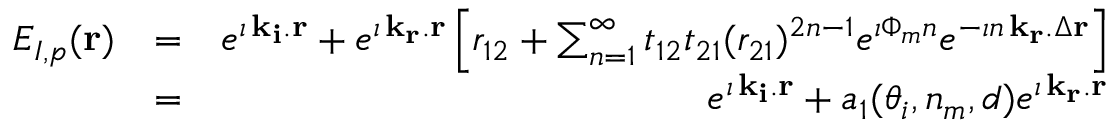
\begin{array} { r l r } { E _ { I , p } ( { \bf r } ) } & { = } & { e ^ { \imath \, { \bf k _ { i } } . { \bf r } } + e ^ { \imath \, { \bf k _ { r } } . { \bf r } } \left[ r _ { 1 2 } + \sum _ { n = 1 } ^ { \infty } t _ { 1 2 } t _ { 2 1 } ( r _ { 2 1 } ) ^ { 2 n - 1 } e ^ { \imath \Phi _ { m } n } e ^ { - \imath n \, { \bf k _ { r } } . \Delta { \bf r } } \right] } \\ & { = } & { e ^ { \imath \, { \bf k _ { i } } . { \bf r } } + a _ { 1 } ( \theta _ { i } , n _ { m } , d ) e ^ { \imath \, { \bf k _ { r } } . { \bf r } } } \end{array}